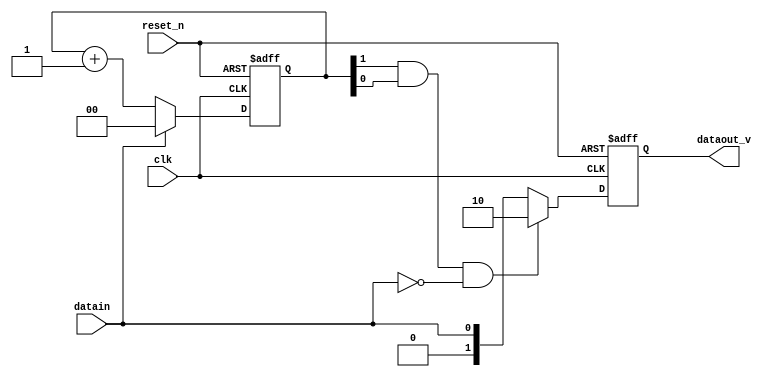
module add_v(
    reset_n,
    clk,
    datain,
    dataout_v
);

input reset_n;
input clk;
input datain;
output [1:0] dataout_v;
wire addV_en;
reg [1:0] count0;
reg [1:0] data_addV;

always @ ( posedge clk or negedge reset_n )
begin
    if( !reset_n )  begin
    count0 <= 0;
    end
    else if (!datain) begin
        count0 <= count0 + 2'b1;
    end
    else  begin
        count0 <= 2'b00;
    end
end

assign addV_en = count0[1] && count0[0] && (!datain);   

always @(posedge clk or negedge reset_n) begin
    if (!reset_n) begin
        data_addV <= 2'b00;
    end
    else if (addV_en) begin
        data_addV <= 2'b10;
    end
    else begin
    data_addV <= {1'b0,datain};    
    end
end

assign dataout_v = data_addV;

endmodule